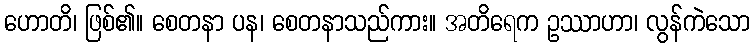
ဟောတိ၊ ဖြစ်၏။ စေတနာ ပန၊ စေတနာသည်ကား။ အတိရေက ဥဿာဟာ၊ လွန်ကဲသော